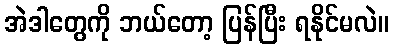
အဲဒါတွေကို ဘယ်တော့ ပြန်ပြီး ရနိုင်မလဲ။